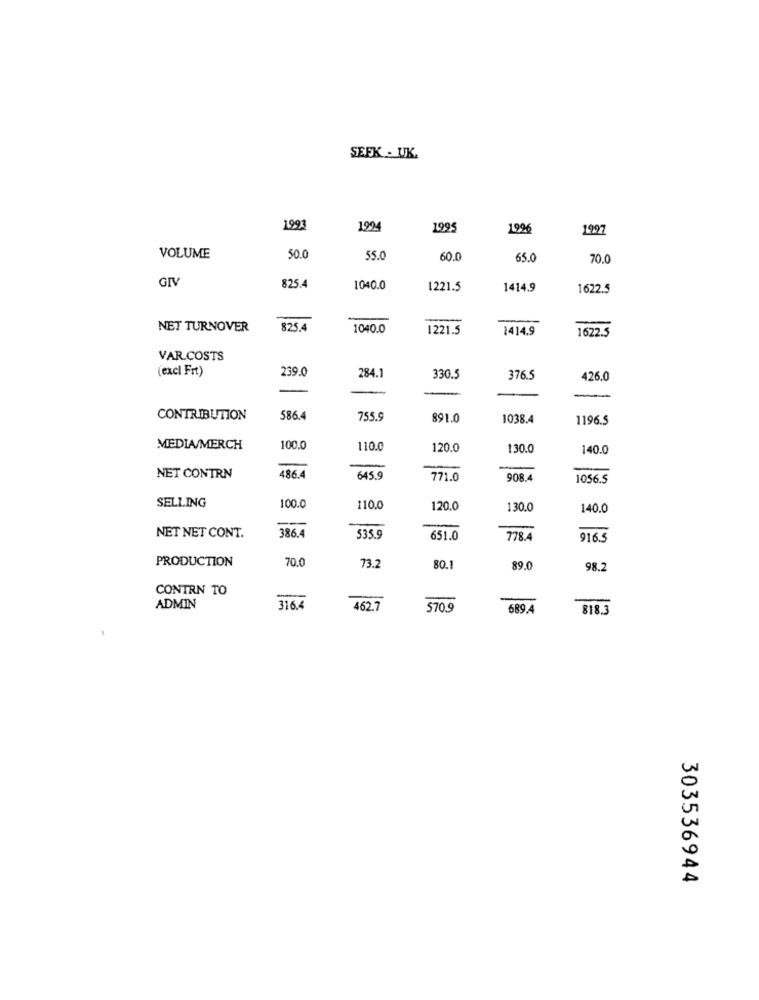
SEEK . UK.
199
1994
1995
1996
1997
VOLUME
50.0
55.0
60.0
65.0
70.0
GI
825.4
1040.0
1221.5
1414.9
1622.5
NET TURNOVER
825.4
1040.0
1221.5
1414.9
1622.5
VAR.COSTS
(excl Frt)
239.0
284.1
330.5
376.5
426.0
-
CONTRIBUTION
586.4
755.9
891.0
1038.4
1196.5
MEDIA/MERCH
100.0
110.0
120.0
130.0
140.0
NET CONTRN
486.4
645.9
771.0
908.4
1056.5
SELLING
100.0
110.0
120.0
130.0
140.0
386.
-
NET NET CONT.
535.9
651.0
778.4
9165
PRODUCTION
70.0
73.7
80.
89.0
98.2
CONTRN TO
-
ADMIN
316.4
462.7
570.9
689.4
818.3
303536944